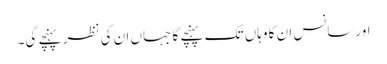
اورسانس ان کا وہاں تک پہنچے گا جہاں ان کی نظر پہنچے گی۔